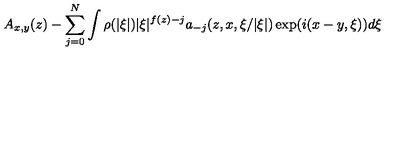
A _ { x , y } ( z ) - \sum _ { j = 0 } ^ { N } \int \rho ( | \xi | ) | \xi | ^ { f ( z ) - j } a _ { - j } ( z , x , \xi / | \xi | ) \exp ( i ( x - y , \xi ) ) d \xi